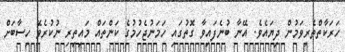
ހަރަކާތްތެރިވަމުން ދިޔައެވެ. އޭނާ ބުނެފައިވާ ގޮތުގައި ހަމަނުޖެހުމުގެ ކަންތައް މައިތިރި ނުކުރެވޭަ ހިސާބަށް